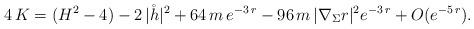
LaTeX: \begin{align*} 4 \, K = (H^2 - 4) - 2 \, |\mathring {h}|^2 + 64 \, m \, e^{- 3 \, r} - 96 \, m \, |\nabla_\Sigma r|^2 e^{- 3 \, r} + O (e^{- 5\, r}).\end{align*}